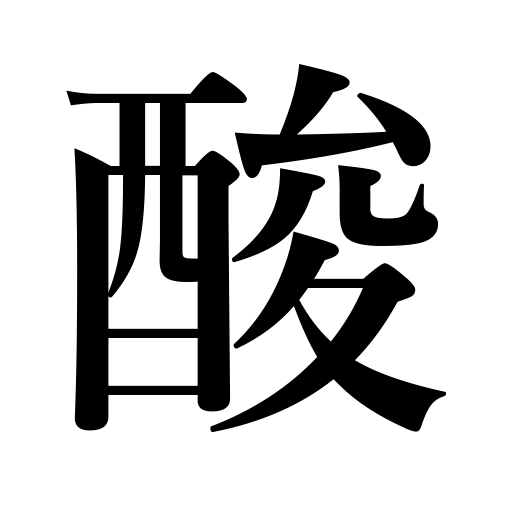
Meanings: tart,bitterness,acid,sour